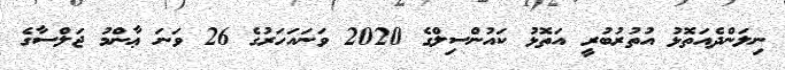
ނިލަންދެއަތޮޅު އުތުރުބުރީ އަތޮޅު ކައުންސިލްގެ 2020 ވަނައަހަރުގެ 26 ވަނަ ޢާންމު ޖަލްސާގެ